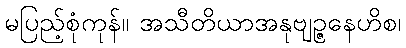
မပြည့်စုံကုန်။ အသီတိယာအနုဗျဉ္ဇနေဟိစ၊